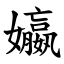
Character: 㜲